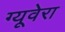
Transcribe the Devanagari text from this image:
ग्यूवेरा